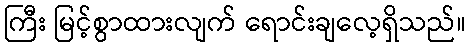
ကြီး မြင့်စွာထားလျက် ရောင်းချလေ့ရှိသည်။